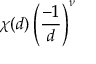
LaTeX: \chi ( d ) \left( { \frac { - 1 } { d } } \right) ^ { \nu }